kultuurilooline_kollektsioon, lk 74
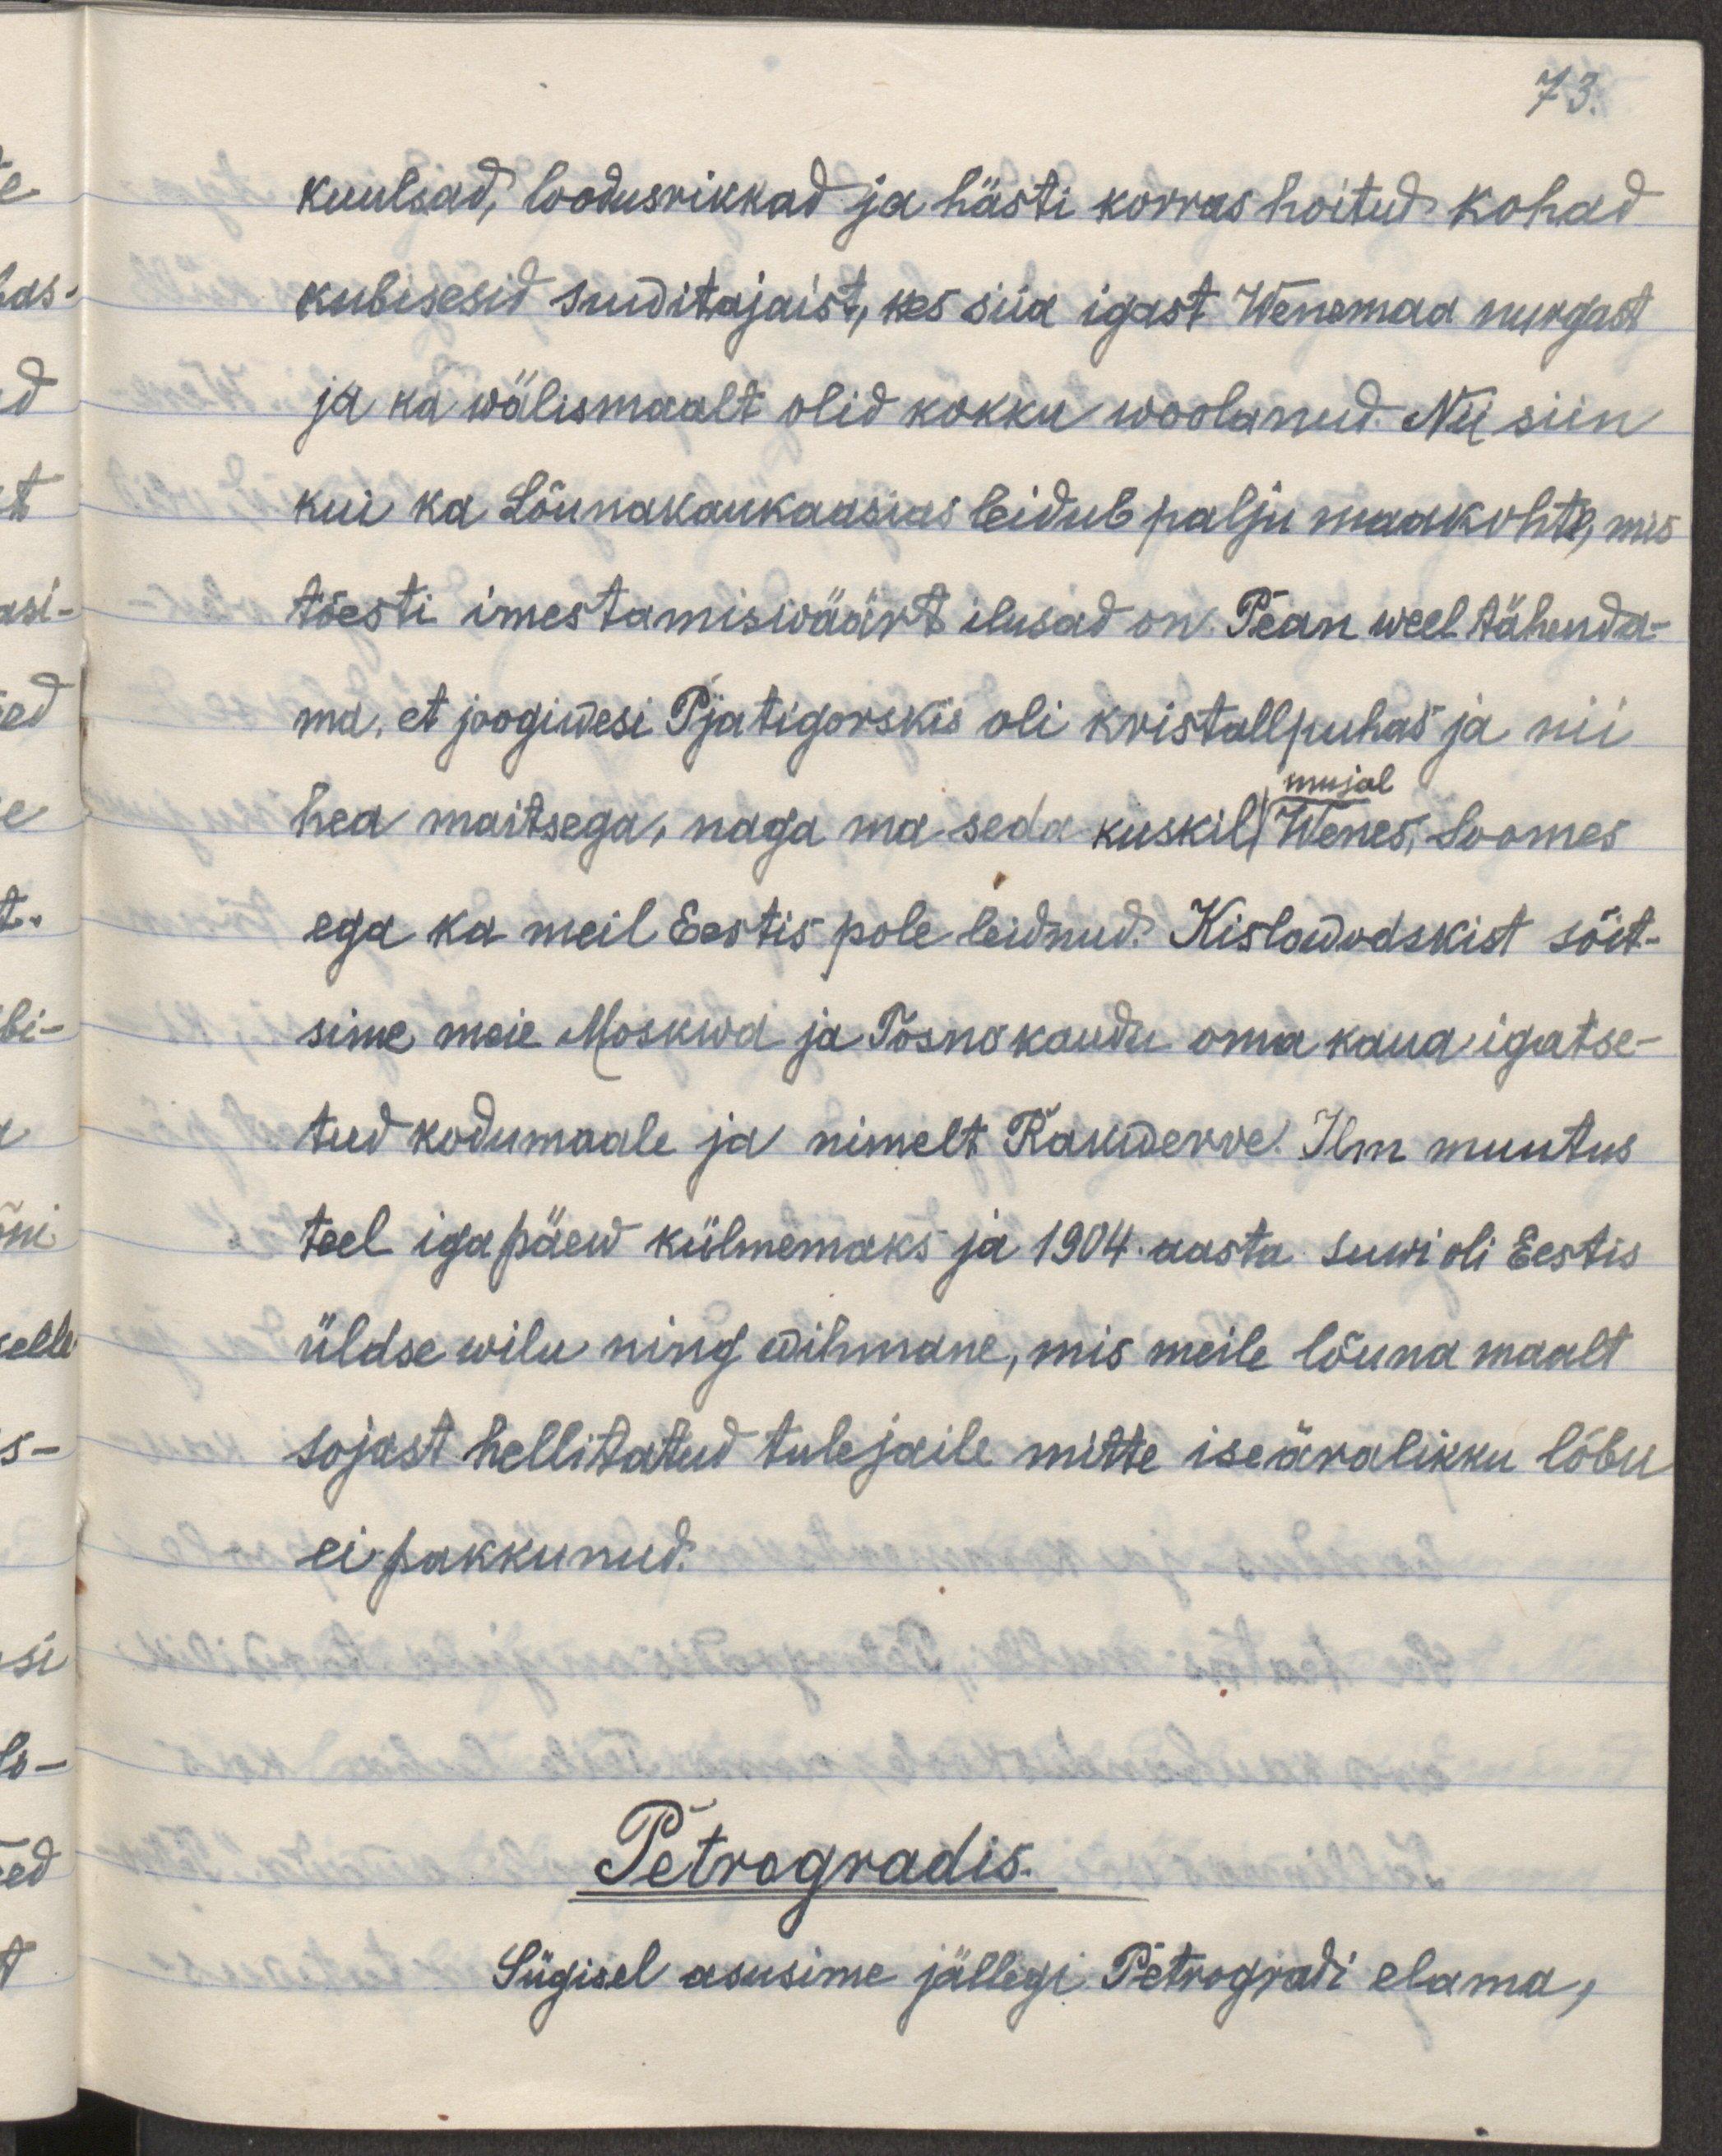
73.
kuulsad, loodusrikkad ja hästi korrashoitud kohad
kubisesid suwitajaist, kes siia igast Wenemaa nurgast
ja ka wälismaalt olid kokku woolanud. Nii siin
kui ka Lõunakaukaasias leidub palju maakohte, mis
tõesti imestamiswäärt ilusad on. Pean weel tähenda-
ma, et joogiwesi Pjatigorskis oli kristallpuhas ja nii
mujal
hea maitsega, nagu ma seda kuskil Wenes, Soomes
ega ka meil Eesti pole leidnud. Kislowodskist sõit-
sime meie Moskwa ja Tosno kaudu oma kaua igatse-
tud kodumaale ja nimelt Rakwerre. Ilm muutus
teel iga päew külmemaks ja 1904. aasta suwi oli Eestis
üldse wilu ning wihmane, mis meile lõuna maalt
sojast hellitatud tulejaile mitte iseäralikku lõbu
ei pakkunud.
Petrogradis.
Sügisel asusime jällegi Petrogradi elama,